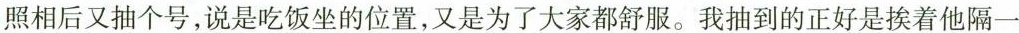
照相后又抽个号，说是吃饭坐的位置，又是为了大家都舒服。我抽到的正好是挨着他隔一